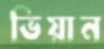
ভিয়ান